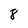
Character: 8